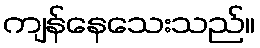
ကျန်နေသေးသည်။